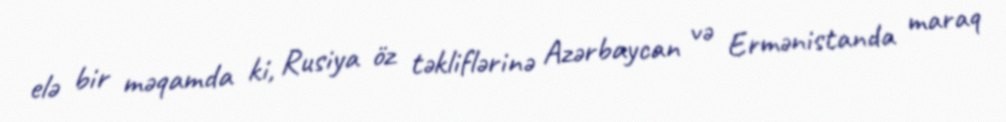
elə bir məqamda ki, Rusiya öz təkliflərinə Azərbaycan və Ermənistanda maraq